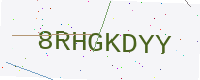
Text: 8RHGKDYY